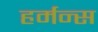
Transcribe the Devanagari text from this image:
हर्मन्स